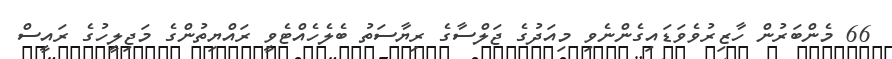
66 މެންބަރުން ހާޒިރުވެވަޑައިގެންނެވި މިއަދުގެ ޖަލްސާގެ ރިޔާސަތު ބެލެހެއްޓެވީ ރައްޔިތުންގެ މަޖިލީހުގެ ރައީސް